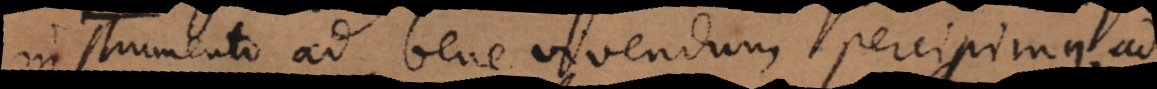
instrumento ad bene vivendum percipimus, ad